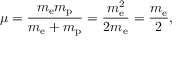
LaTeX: \mu = { \frac { m _ { \mathrm { e } } m _ { \mathrm { p } } } { m _ { \mathrm { e } } + m _ { \mathrm { p } } } } = { \frac { m _ { \mathrm { e } } ^ { 2 } } { 2 m _ { \mathrm { e } } } } = { \frac { m _ { \mathrm { e } } } { 2 } } ,